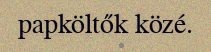
papköltők közé.